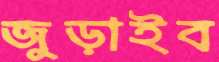
জুড়াইব